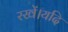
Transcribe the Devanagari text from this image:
रखें।यदि